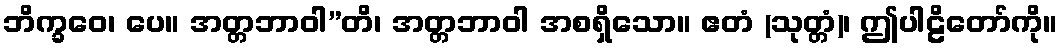
ဘိက္ခဝေ၊ ပေ။ အတ္တဘာဝါ”တိ၊ အတ္တဘာဝါ အစရှိသော။ ဧတံ (သုတ္တံ)၊ ဤပါဠိတော်ကို။